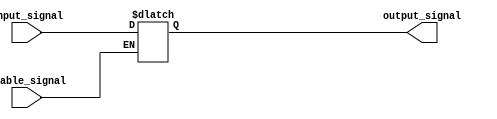
module ActiveHighBuffer (
    input input_signal,
    input enable_signal,
    output reg output_signal
);

always @* begin
    if (enable_signal)
        output_signal = input_signal;
end

endmodule